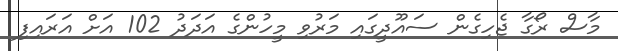
މާސް ރޯގާ ޖެހިގެން ސައޫދީގައި މަރުވި މީހުންގެ އަދަދު 102 އަށް އަރައިފި